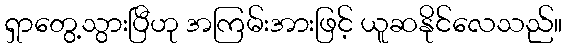
ရှာတွေ့သွားပြီဟု အကြမ်းအားဖြင့် ယူဆနိုင်လေသည်။